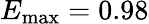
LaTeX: E_{\operatorname*{max}}=0.98